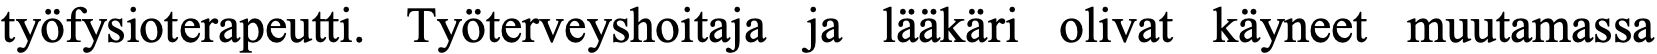
työfysioterapeutti. Työterveyshoitaja ja lääkäri olivat käyneet muutamassa